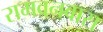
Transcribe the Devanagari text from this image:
रामवनवास